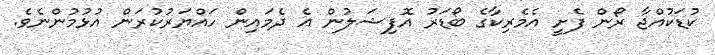
ކުޑަކުއްޖާ ރޯން ފެށީ އެމެރިކާގެ ބޯޑަރު އޮފިޝަލުން އެ ދެމައިން ހައްޔަރުކުރަން އުޅުމުންނެވެ.